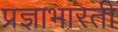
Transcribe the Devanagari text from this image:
प्रज्ञाभारती